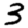
Digit: 3